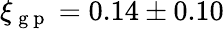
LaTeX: \xi_{\mathrm{~g~p~}}=0.14\pm 0.10